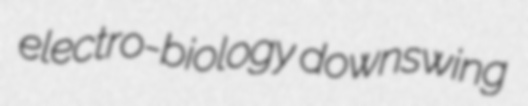
electro-biology downswing